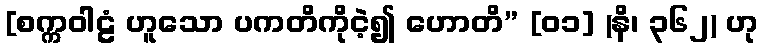
[စက္ကဝါဠံ ဟူသော ပကတိကိုငဲ့၍ ဟောတိ” [၀၁] (နိ၊ ၃၆၂) ဟု